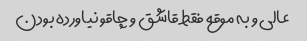
عالی و به موقع فقط قاشق و چاقو نیاورده بودن